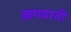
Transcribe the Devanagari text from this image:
कपवरती